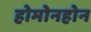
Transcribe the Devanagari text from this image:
होमोनहोन